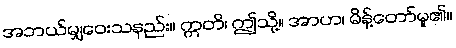
အဘယ်မျှဝေးသနည်း။ ဣတိ၊ ဤသို့။ အာဟ၊ မိန့်တော်မူ၏။